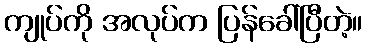
ကျုပ်ကို အလုပ်က ပြန်ခေါ်ပြီတဲ့။